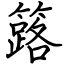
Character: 簬